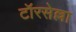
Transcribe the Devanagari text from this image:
टॉरसेल्ला